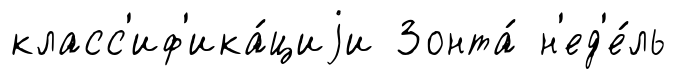
класс'иф'ика́циjи Зонта́ н'ед'е́ль